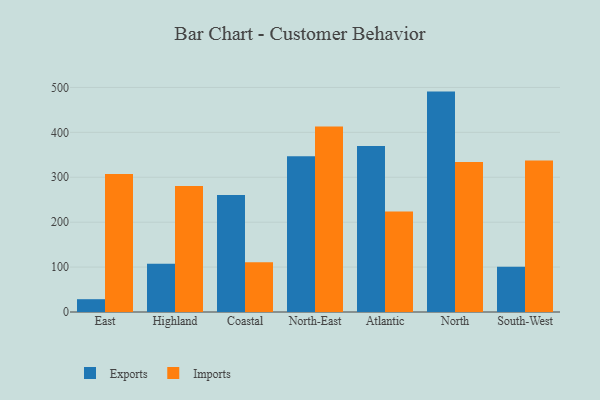
{"axis": {"x": "Region", "y": "Gross Profit (USD K)"}, "legend": ["Exports", "Imports"], "data": [{"x": "East", "y": 28.5, "type": "Exports"}, {"x": "East", "y": 307.3, "type": "Imports"}, {"x": "Highland", "y": 107.6, "type": "Exports"}, {"x": "Highland", "y": 280.4, "type": "Imports"}, {"x": "Coastal", "y": 260.7, "type": "Exports"}, {"x": "Coastal", "y": 110.6, "type": "Imports"}, {"x": "North-East", "y": 347.0, "type": "Exports"}, {"x": "North-East", "y": 413.2, "type": "Imports"}, {"x": "Atlantic", "y": 369.6, "type": "Exports"}, {"x": "Atlantic", "y": 223.6, "type": "Imports"}, {"x": "North", "y": 490.8, "type": "Exports"}, {"x": "North", "y": 333.8, "type": "Imports"}, {"x": "South-West", "y": 100.8, "type": "Exports"}, {"x": "South-West", "y": 337.1, "type": "Imports"}]}